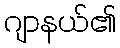
ဂျာနယ်၏